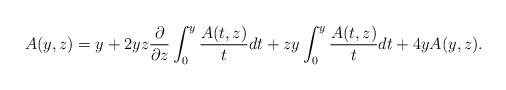
LaTeX: \begin{align*}A(y,z)=y+2yz{\partial\over\partial z}\int_{0}^{y}{A(t,z)\over t}dt+zy\int_{0}^{y}{A(t,z)\over t}dt+4yA(y,z).\end{align*}